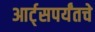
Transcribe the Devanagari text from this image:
आर्ट्‌सपर्यंतचे